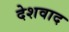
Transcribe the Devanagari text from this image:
देशवाद